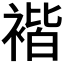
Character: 𧚻